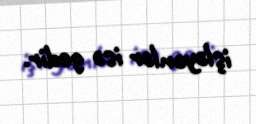
işləyənlər isə gedir.